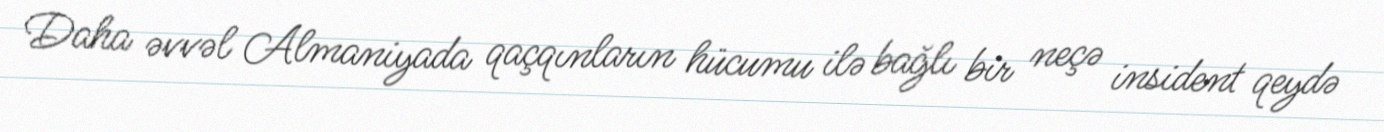
Daha əvvəl Almaniyada qaçqınların hücumu ilə bağlı bir neçə insident qeydə